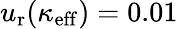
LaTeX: u_{\mathrm{r}}(\kappa_{\mathrm{eff}})=0.01